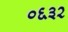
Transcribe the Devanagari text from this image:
०६३२